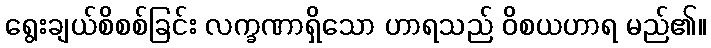
ရွေးချယ်စိစစ်ခြင်း လက္ခဏာရှိသော ဟာရသည် ဝိစယဟာရ မည်၏။